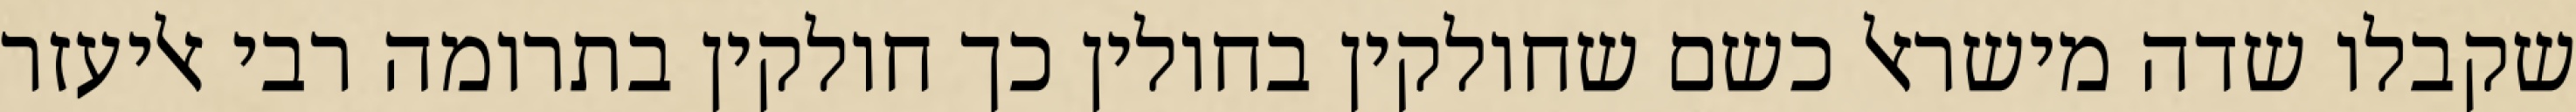
שקבלו שדה מישראל כשם שחולקין בחולין כך חולקין בתרומה רבי אליעזר